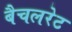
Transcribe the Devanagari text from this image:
बैचलरेट